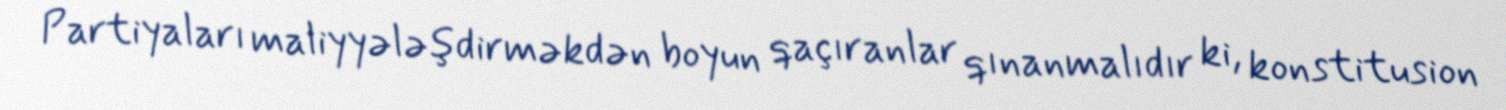
Partiyaları maliyyələşdirməkdən boyun qaçıranlar qınanmalıdır ki, konstitusion